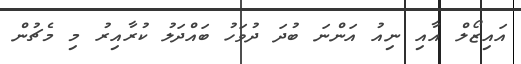
އައިޒޯލް އާއި ނިއު އަންނަ ބުދަ ދުވަހު ބައްދަލު ކުރާއިރު މި މެޗުން